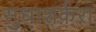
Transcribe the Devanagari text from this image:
सुधाशर्करा